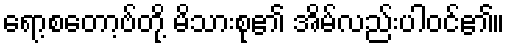
ရော့စတော့ဗ်တို့ မိသားစု၏ အိမ်လည်းပါဝင်၏။